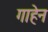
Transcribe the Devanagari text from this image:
गाहेन